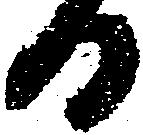
日